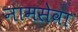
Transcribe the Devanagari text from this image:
नामसेवा